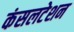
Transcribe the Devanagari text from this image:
कंसलटेशन